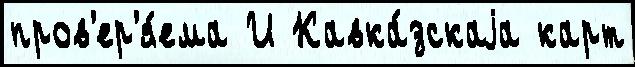
пров'ер'я́ема И Кавка́зскаjа карт